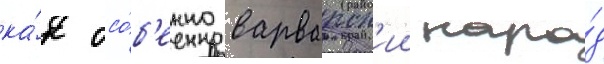
ка́к осо́б'енно варварск'ии наро́д